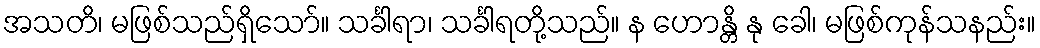
အသတိ၊ မဖြစ်သည်ရှိသော်။ သင်္ခါရာ၊ သင်္ခါရတို့သည်။ န ဟောန္တိ နု ခေါ၊ မဖြစ်ကုန်သနည်း။